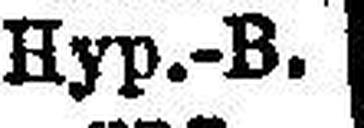
Hyp.-B.